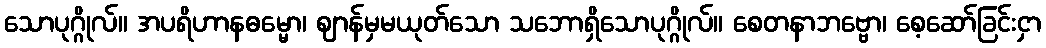
သောပုဂ္ဂိုလ်။ အပရိဟာနဓမ္မော၊ ဈာန်မှမယုတ်သော သဘောရှိသောပုဂ္ဂိုလ်။ စေတနာဘဗ္ဗော၊ စေ့ဆော်ခြင်းငှာ